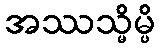
အဿသ္မိမ္ပိ